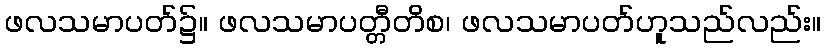
ဖလသမာပတ်၌။ ဖလသမာပတ္တီတိစ၊ ဖလသမာပတ်ဟူသည်လည်း။